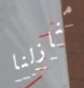
منازلنا